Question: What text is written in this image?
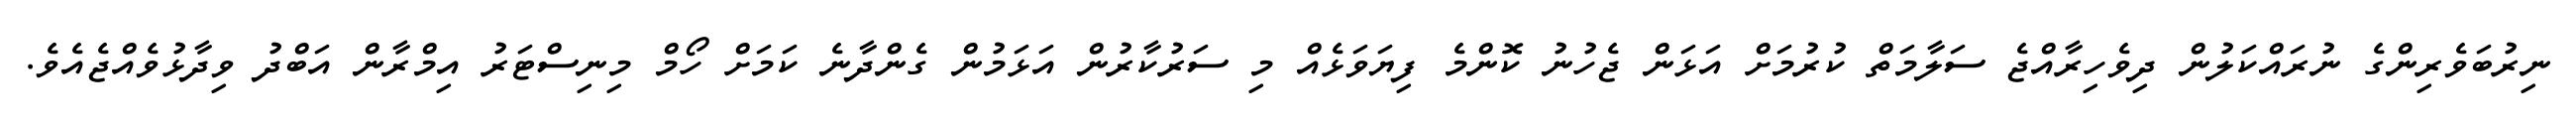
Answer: ނިރުބަވެރިންގެ ނުރައްކަލުން ދިވެހިރާއްޖެ ސަލާމަތް ކުރުމަށް އަޅަން ޖެހުނު ކޮންމެ ފިޔަވަޅެއް މި ސަރުކާރުން އަޅަމުން ގެންދާނެ ކަމަށް ހޯމް މިނިސްޓަރު އިމްރާން އަބްދު ވިދާޅުވެއްޖެއެވެ.